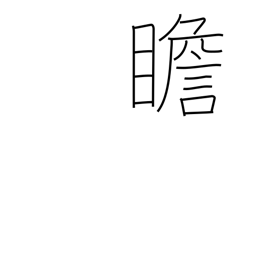
Meaning: look at